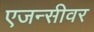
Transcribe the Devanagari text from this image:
एजन्सीवर